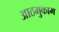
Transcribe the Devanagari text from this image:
आठमुकाम